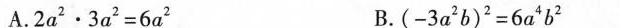
A.$$2a^{ 2 }·3a^ { 2} = 6a ^$$ { 2 } B.$$(-3a ^ { 2 }b ) ^ { 2 }=6 a^{ 4 } b^{ 2 } $$